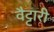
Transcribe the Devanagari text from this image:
वैट्टारी